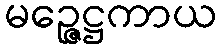
မဉ္ဇေဋ္ဌကာယ